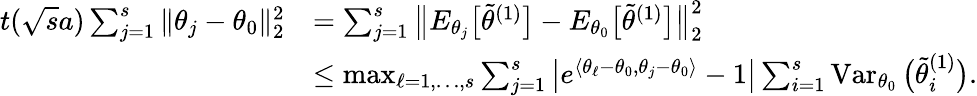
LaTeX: \begin{array}{rl}{t(\sqrt{s}a)\sum_{j=1}^{s}\| \theta_{j}-\theta_{0}\| _{2}^{2}}&{=\sum_{j=1}^{s}\big\| E_{\theta_{j}}\big[\widetilde\theta^{(1)}\big]-E_{\theta_{0}}\big[\widetilde\theta^{(1)}\big]\big\| _{2}^{2}}\\ &{\leq\operatorname*{max}_{\ell=1,\ldots,s}\sum_{j=1}^{s}\big|e^{\langle\theta_{\ell}-\theta_{0},\theta_{j}-\theta_{0}\rangle}-1\big|\sum_{i=1}^{s}\operatorname{Var}_{\theta_{0}}\big(\widetilde\theta_{i}^{(1)}\big).}\end{array}